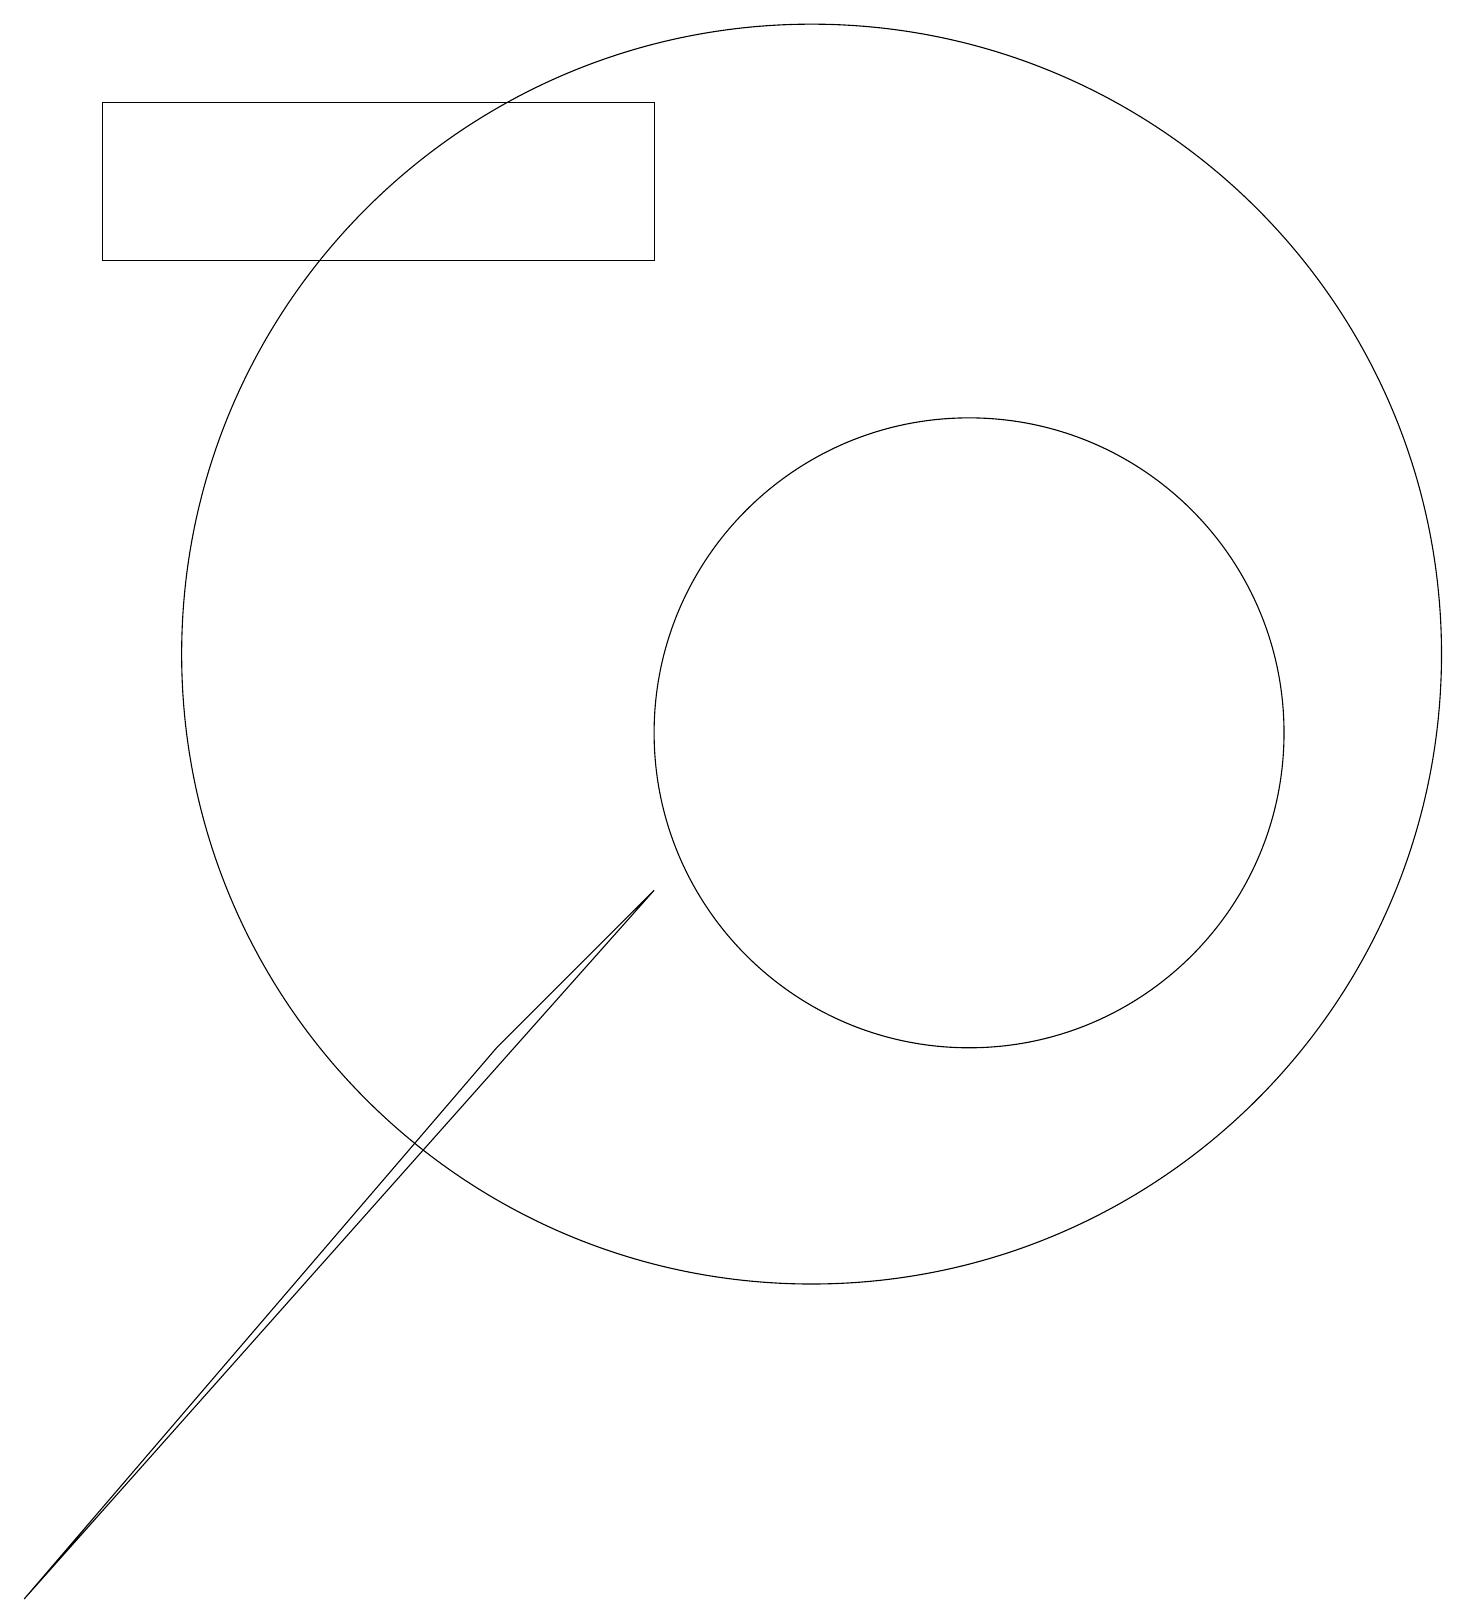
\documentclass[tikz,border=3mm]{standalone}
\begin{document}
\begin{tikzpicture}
\draw (10,12) circle (8);
\draw (12,11) circle (4);
\draw (8,19) rectangle (1,17);
\draw (6,7) -- (0,0) -- (8,9) -- cycle;
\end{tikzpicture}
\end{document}